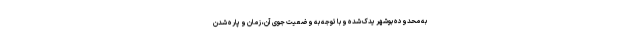
به محدوده بوشهر یدک شده و با توجه به وضعیت جوی آن، زمان و پاره شدن